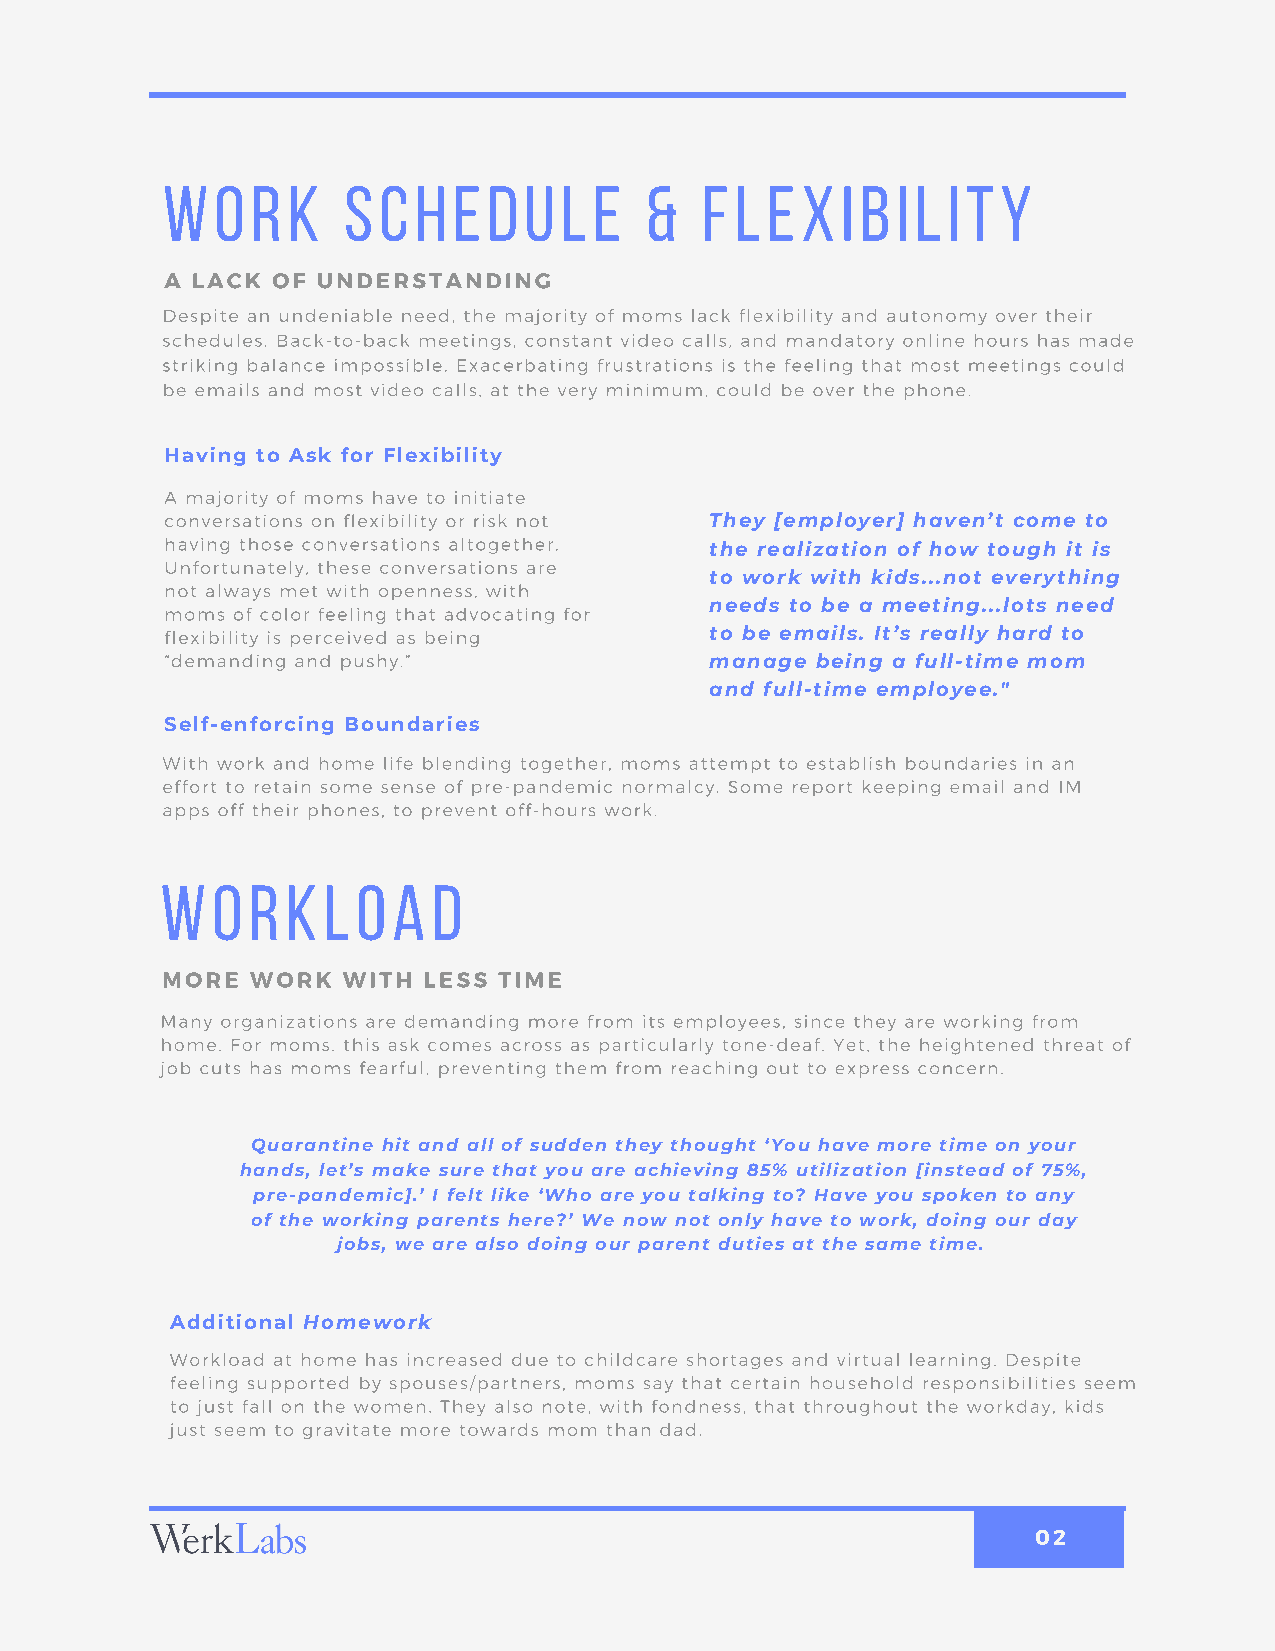
Work        Schedule            &  Flexibility
 A LACK OF UNDERSTANDING
 Despite an undeniable need, the majority of moms lack flexibility and autonomy over their
 schedules. Back-to-back meetings, constant video calls, and mandatory online hours has made
 striking balance impossible. Exacerbating frustrations is the feeling that most meetings could
 be emails and most video calls, at the very minimum, could be over the phone.
 Having to Ask for Flexibility
 A majority of moms have to initiate
 conversations on flexibility or risk not They [employer] haven’t come to
 having those conversations altogether.
 the realization of how tough it is
 Unfortunately, these conversations are
 to work with kids...not everything
 not always met with openness, with
 moms of color feeling that advocating for needs to be a meeting...lots need
 flexibility is perceived as being   to be emails. It’s really hard to
 “demanding and pushy.”              manage being a full-time mom
 and full-time employee."
 Self-enforcing Boundaries
 With work and home life blending together, moms attempt to establish boundaries in an
 effort to retain some sense of pre-pandemic normalcy. Some report keeping email and IM
 apps off their phones, to prevent off-hours work.
 Workload
 MORE  WORK  WITH LESS TIME
 Many organizations are demanding more from its employees, since they are working from
 home. For moms, this ask comes across as particularly tone-deaf. Yet, the heightened threat of
 job cuts has moms fearful, preventing them from reaching out to express concern.
 Quarantine hit and all of sudden they thought ‘You have more time on your
 hands, let’s make sure that you are achieving 85% utilization [instead of 75%,
 pre-pandemic].’ I felt like ‘Who are you talking to? Have you spoken to any
 of the working parents here?’ We now not only have to work, doing our day
 jobs, we are also doing our parent duties at the same time.
 Additional Homework
 Workload at home has increased due to childcare shortages and virtual learning. Despite
 feeling supported by spouses/partners, moms say that certain household responsibilities seem
 to just fall on the women. They also note, with fondness, that throughout the workday, kids
 just seem to gravitate more towards mom than dad.
 02